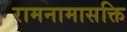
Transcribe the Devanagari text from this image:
रामनामासक्ति